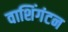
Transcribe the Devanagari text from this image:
वाशिंगंटन